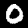
Label: 0